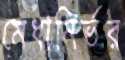
মেধানির্ভর